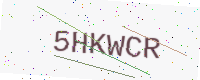
Text: 5HKWCR